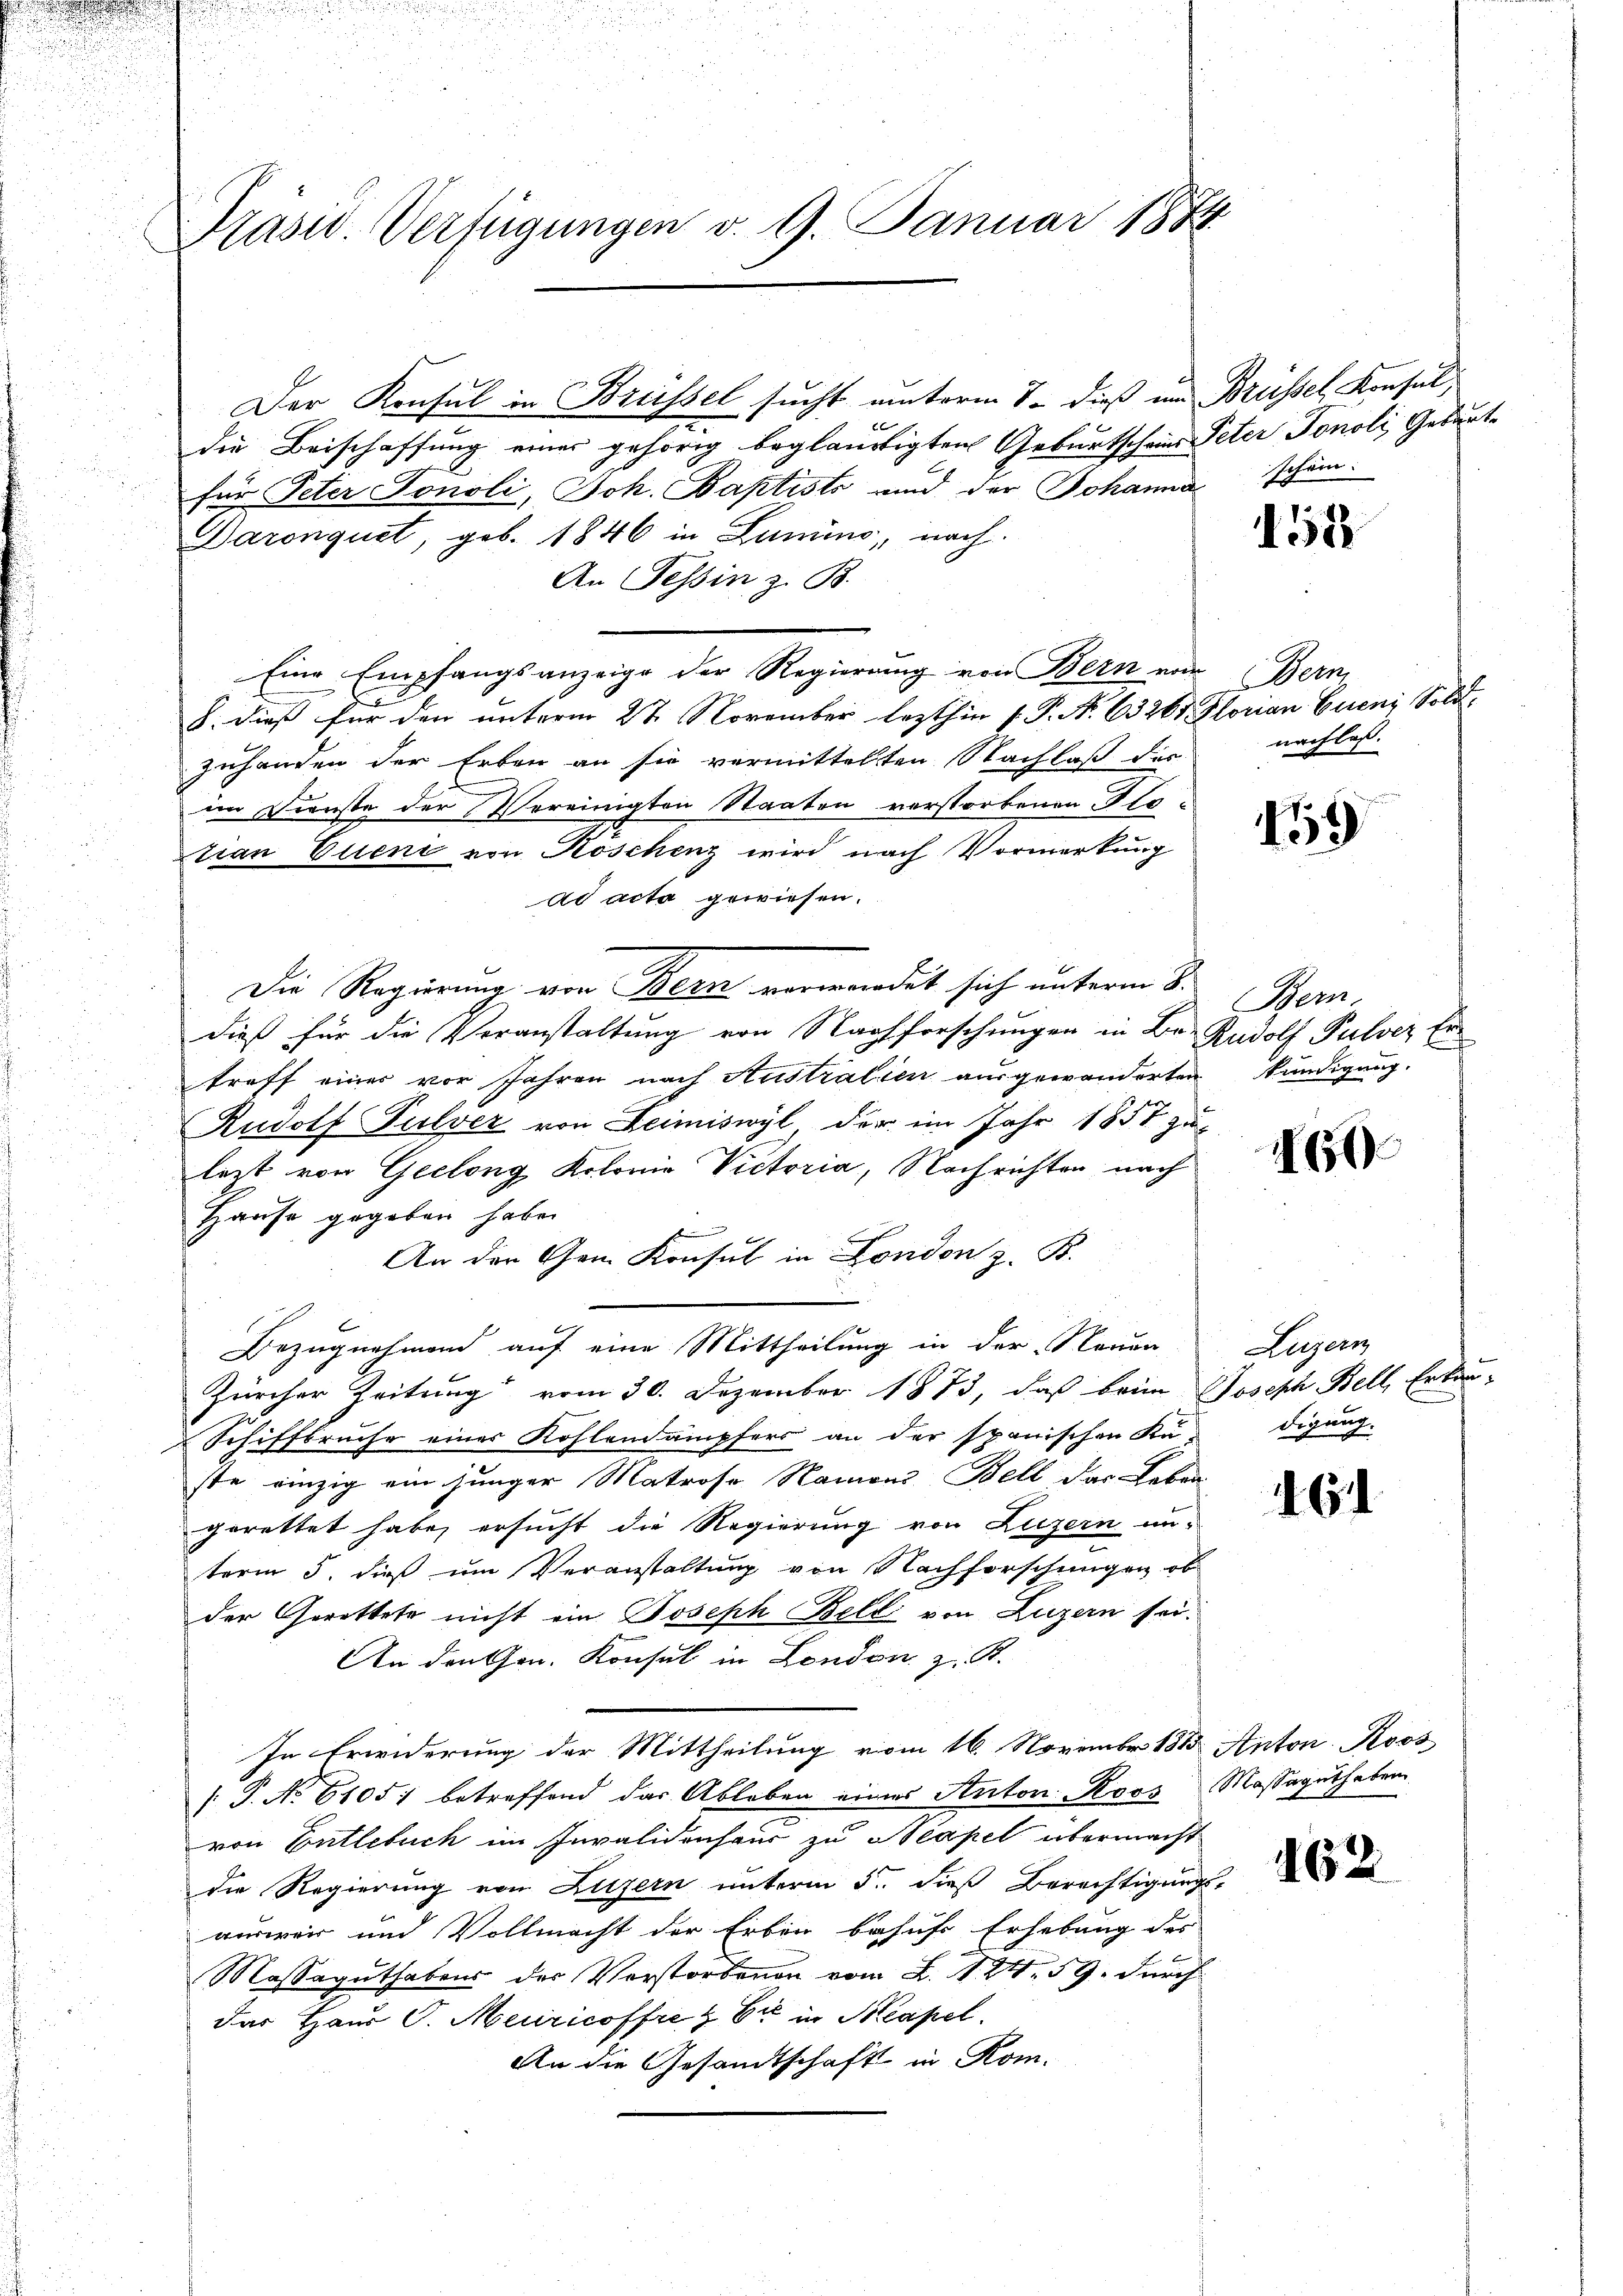
Prasw. Verfügungen v. 9. Januar 1874

Der Konsul in Brüssel sucht unterm 8. dieß und Brüssel, Konsuldie Beischaffung eines gehörig beglaurtigten Geburtschein Peter Tonoli, Gebautfür Peter Fonoli, Joh. Baptists und der Johanna
Daronquet, geb. 1846 in Lumins, nach
An Tessin z. B.
Eine Empfangsanzeige der Regierung von Bern von Bern
8. dieß für den unterm 27. November lezthin s. P. Nr. 63261. Florian Euren Sollt
zuhanden der Erben an sie vermittelten Nachlaß der
im Dienste der Vereinigten Staaten verstorbenen Platian Eueni von Koschenz wird nach Vormerkung
ad acta gewiesen.
Die Regierung von Bern vorwandet sich unterm 8.
dieß für die Veranstaltung von Nachforschungen in Br. Rudolf Pulver Ertreff einer vor Jahren nach Australien ausgewanderten kündigung.
Rudolf Pulver von Leimiswyl der im Jahr 1857 zu
letzt von Geelong Kolonia Victoria, Nachrichten nach
Hause gegeben habe.
An der Gem. Konsul in London z. B.
Bezugnahmend auf eine Mittheilung in der Neuen
Zürcher Zeitung vom 30. Dezember 1873, daß beim Joseph Bell, Erkan¬
Schiffbruche einer Kohlendampfers an der spanischen Kadigung
ste einzig ein junger Matrose Namens Bell das Leben
gerettet habe, ersucht die Regierung von Luzern un-
term 5. dieß um Veranstaltung von Nachforschungen, ob
der Gerettete nicht ein Joseph Bell von Luzern sei.
An den Gen. Konsul in London z. K.
In Erwiderung der Mittheilung vom 16. November 1888 Anton Roos
[ P. No 6105; betreffend das Ableben eines Anton Roos Massaguthaben
von Entlebuch im Invalidenseur zu Neapel übermacht
die Regierung von Luzern unterm 5. dieß Berechtigungs-
anweis und Vollmacht der Erben besuche Erhebung des
Massaguthabens der Vorstorbenen vom L. S. 24. 59 durch
das Haus O. Meiricoffre & Cie in Meapel.
An die Gesandtschaft in Rom.

schäm:

nachlass.

158

159

Bern

160

Luegen

6

162